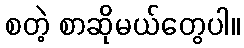
စတဲ့ စာဆိုမယ်တွေပါ။